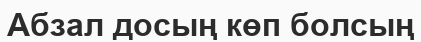
Абзал досың көп болсың